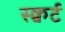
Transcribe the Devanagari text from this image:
स्क्वर्ट